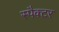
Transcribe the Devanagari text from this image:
स्पैक्टर